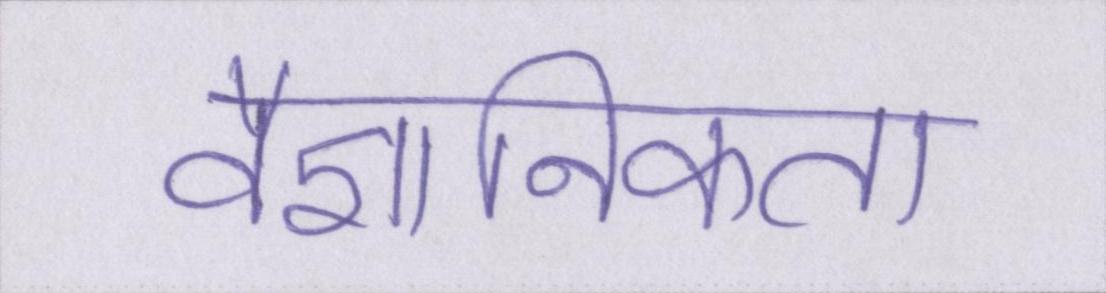
वैज्ञानिकता